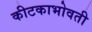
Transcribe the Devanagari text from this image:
कीटकाभोवती